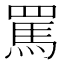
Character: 罵